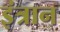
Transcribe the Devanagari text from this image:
इंत्रान